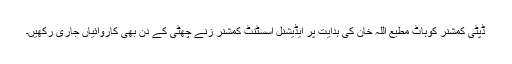
ڈپٹی کمشنر کوہاٹ مطیع اللہ خان کی ہدایت پر ایڈیشنل اسسٹنٹ کمشنر زنے چھٹی کے دن بھی کاروائیاں جاری رکھیں۔